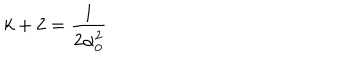
k + 2 = \frac { 1 } { 2 \alpha _ { 0 } ^ { 2 } }